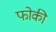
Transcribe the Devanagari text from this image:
फोकी